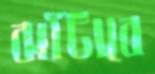
ঝাঁটাবে